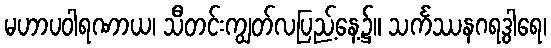
မဟာပဝါရဏာယ၊ သီတင်းကျွတ်လပြည့်နေ့၌။ သင်္ကဿနဂရဒွါရေ၊